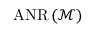
\operatorname { A N R } \left( { \mathcal { M } } \right)